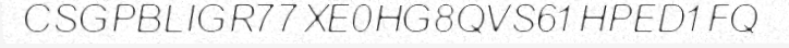
CSGPBLIGR77XE0HG8QVS61HPED1FQ